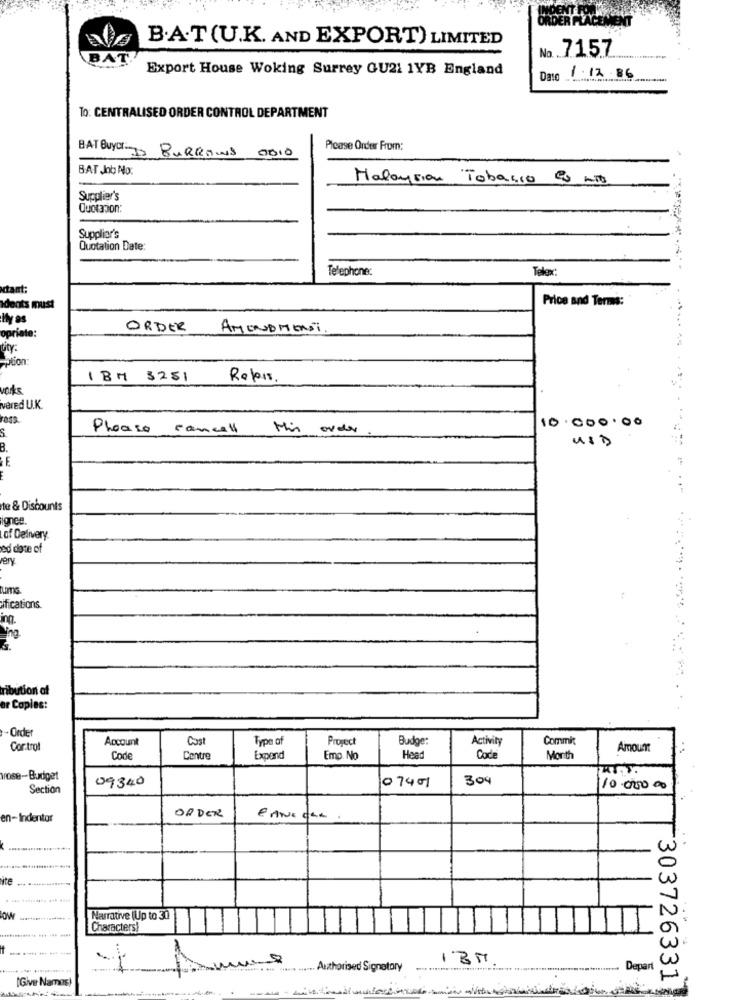
B.A.T(U.K. AND EXPORT) LIMITED
Na.7157
Export House Woking Surrey GU21 1YB England
Das
1.12.86
To: CENTRALISED ORDER CONTROL DEPARTMENT
Please Order From:
BAT BUYOr BURROWS 0010
BAT ,Inb No:
Malaysian Tobacco en mit
Supplier's
Quotarion:
Supplier's
Quotation Date:
Telephone:
Telopc:
tant:
Price and Terms:
Idents must
My as
ORDER
AMENDMENT
opriate:
pitY.
IBM 3251
Repis.
works
verEd U.K.
rass.
10.000.00
Please cancall
His order
USD
B.
E
...
te & Discounts
ionce.
of Delivery.
od date of
very.
ifications
ing.
ing.
ribution af
Copias:
...
.Order
Account
Cast
Type of
Project
Budge:
Activity
Commit
Cor.trol
Amount
Code
Centre
Expend
Emp. No
Head
Cod
Month
Vrose-Budget
09340
07401
304
Section
10.000.00
ORDER
en-Indentor
E ANS CHL .
Narrative (Up to 30
Characters!
w
IBM
w
Authorised Signatory
............. Depart
(Giver Namos
303726331